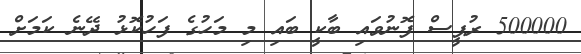
500000 ރުޕީސް ފޮނުވައި ބާކީ ބައި މި މަހުގެ ފަހުކޮޅު ދޭނެ ކަމަށް